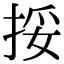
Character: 挼